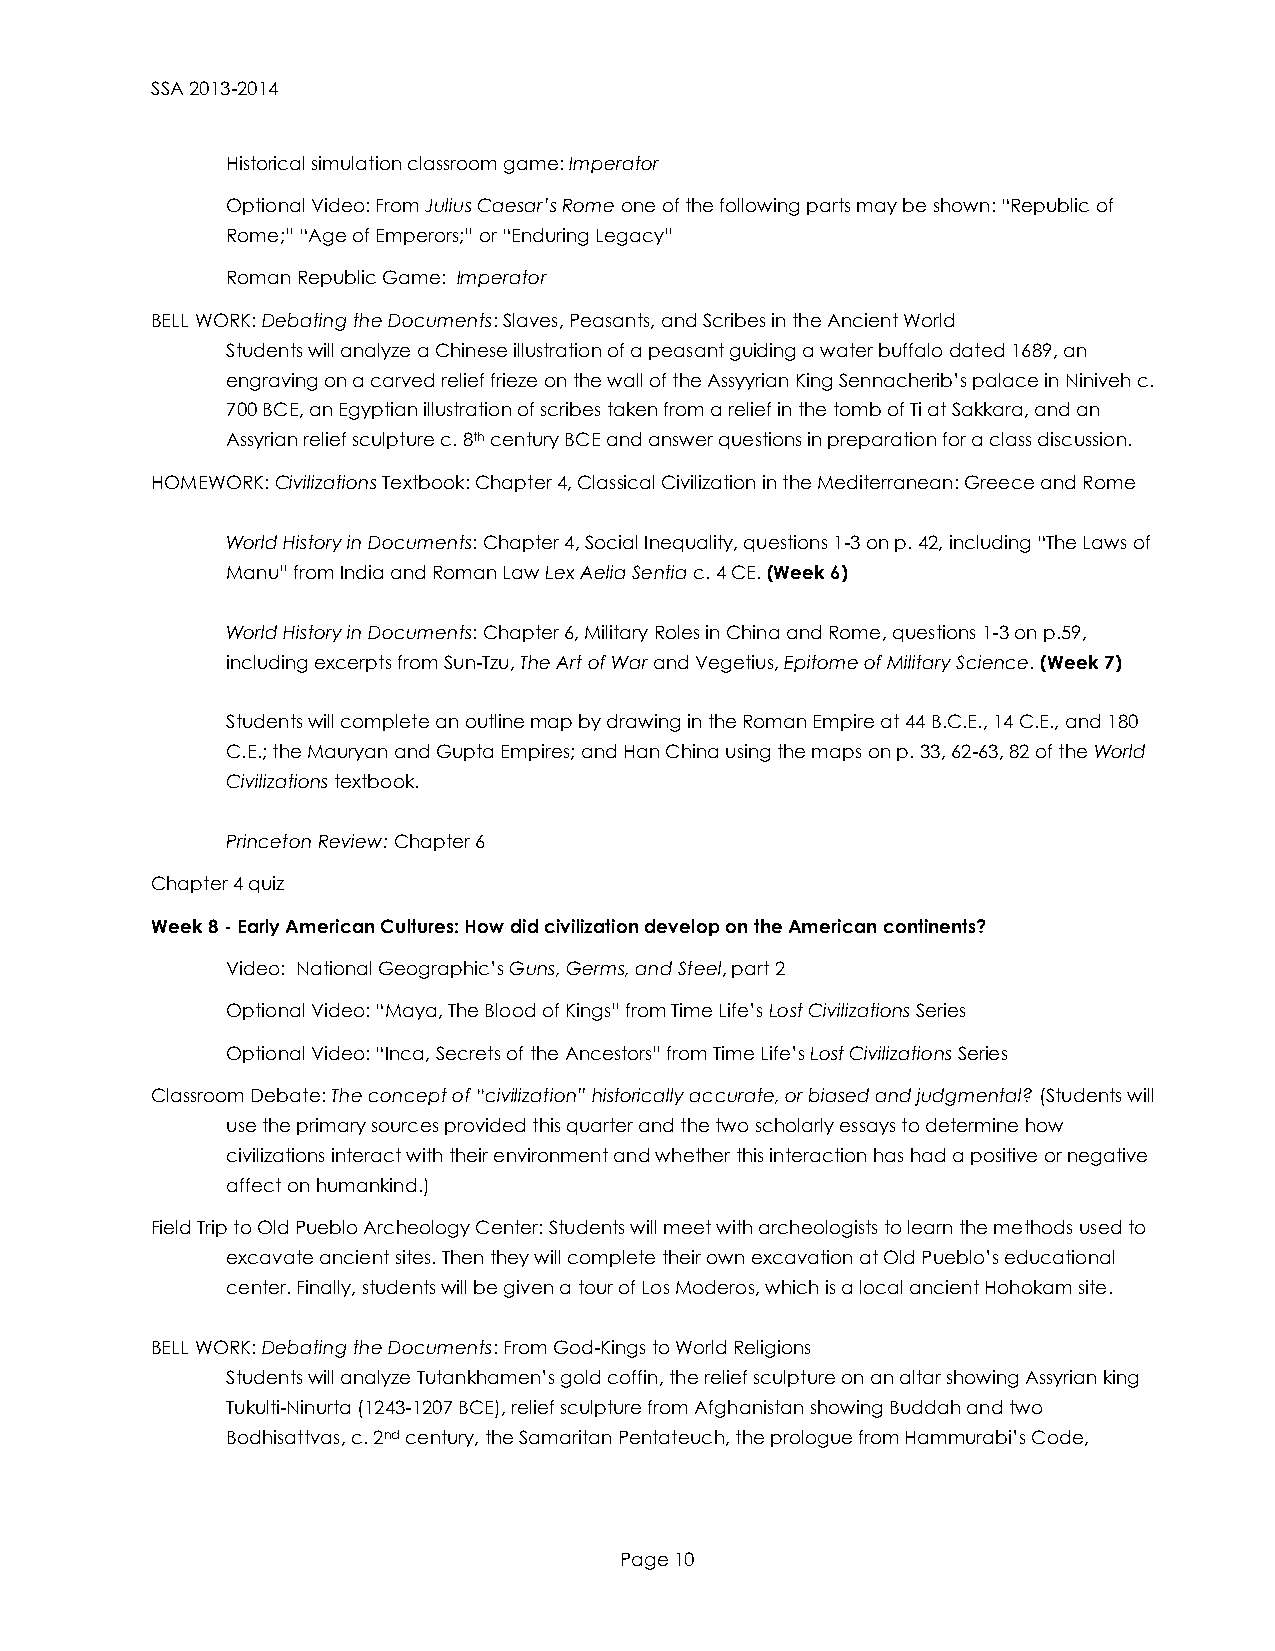
SSA 2013-2014
 Historical simulation classroom game: Imperator
 Optional Video: From Julius Caesar’s Rome one of the following parts may be shown: “Republic of
 Rome;” “Age of Emperors;” or “Enduring Legacy”
 Roman Republic Game: Imperator
 BELL WORK: Debating the Documents: Slaves, Peasants, and Scribes in the Ancient World
 Students will analyze a Chinese illustration of a peasant guiding a water buffalo dated 1689, an
 engraving on a carved relief frieze on the wall of the Assyyrian King Sennacherib’s palace in Niniveh c.
 700 BCE, an Egyptian illustration of scribes taken from a relief in the tomb of Ti at Sakkara, and an
 Assyrian relief sculpture c. 8th century BCE and answer questions in preparation for a class discussion.
 HOMEWORK: Civilizations Textbook: Chapter 4, Classical Civilization in the Mediterranean: Greece and Rome
 World History in Documents: Chapter 4, Social Inequality, questions 1-3 on p. 42, including “The Laws of
 Manu” from India and Roman Law Lex Aelia Sentia c. 4 CE. (Week 6)
 World History in Documents: Chapter 6, Military Roles in China and Rome, questions 1-3 on p.59,
 including excerpts from Sun-Tzu, The Art of War and Vegetius, Epitome of Military Science. (Week 7)
 Students will complete an outline map by drawing in the Roman Empire at 44 B.C.E., 14 C.E., and 180
 C.E.; the Mauryan and Gupta Empires; and Han China using the maps on p. 33, 62-63, 82 of the World
 Civilizations textbook.
 Princeton Review: Chapter 6
 Chapter 4 quiz
 Week 8 - Early American Cultures: How did civilization develop on the American continents?
 Video: National Geographic’s Guns, Germs, and Steel, part 2
 Optional Video: “Maya, The Blood of Kings” from Time Life’s Lost Civilizations Series
 Optional Video: “Inca, Secrets of the Ancestors” from Time Life’s Lost Civilizations Series
 Classroom Debate: The concept of “civilization” historically accurate, or biased and judgmental? (Students will
 use the primary sources provided this quarter and the two scholarly essays to determine how
 civilizations interact with their environment and whether this interaction has had a positive or negative
 affect on humankind.)
 Field Trip to Old Pueblo Archeology Center: Students will meet with archeologists to learn the methods used to
 excavate ancient sites. Then they will complete their own excavation at Old Pueblo’s educational
 center. Finally, students will be given a tour of Los Moderos, which is a local ancient Hohokam site.
 BELL WORK: Debating the Documents: From God-Kings to World Religions
 Students will analyze Tutankhamen’s gold coffin, the relief sculpture on an altar showing Assyrian king
 Tukulti-Ninurta (1243-1207 BCE), relief sculpture from Afghanistan showing Buddah and two
 Bodhisattvas, c. 2nd century, the Samaritan Pentateuch, the prologue from Hammurabi’s Code,
 Page 10